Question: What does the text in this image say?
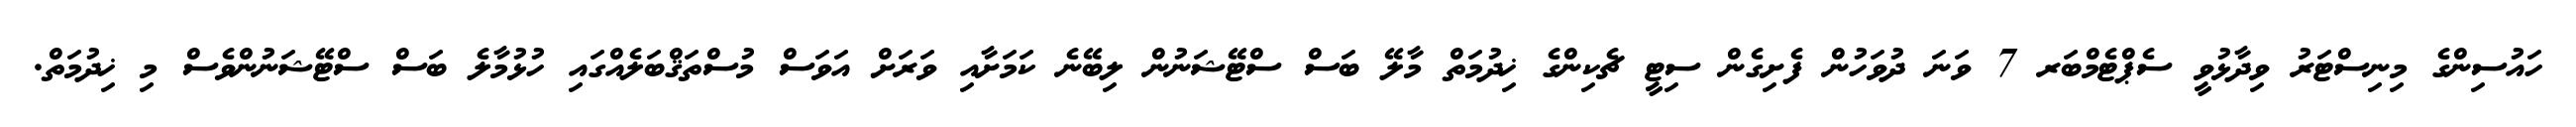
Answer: ހައުސިންގެ މިނިސްޓަރު ވިދާޅުވީ ސެޕްޓެމްބަރ 7 ވަނަ ދުވަހުން ފެށިގެން ސިޓީ ޗެކިންގެ ޚިދުމަތް މާލޭ ބަސް ސްޓޭޝަނުން ލިބޭނެ ކަމަށާއި ވަރަށް އަވަސް މުސްތަޤްބަލެއްގައި ހުޅުމާލެ ބަސް ސްޓޭޝަނުންވެސް މި ޚިދުމަތް.